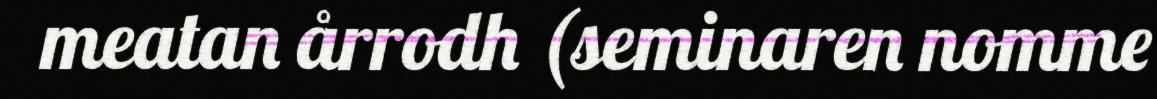
meatan årrodh (seminaren nomme